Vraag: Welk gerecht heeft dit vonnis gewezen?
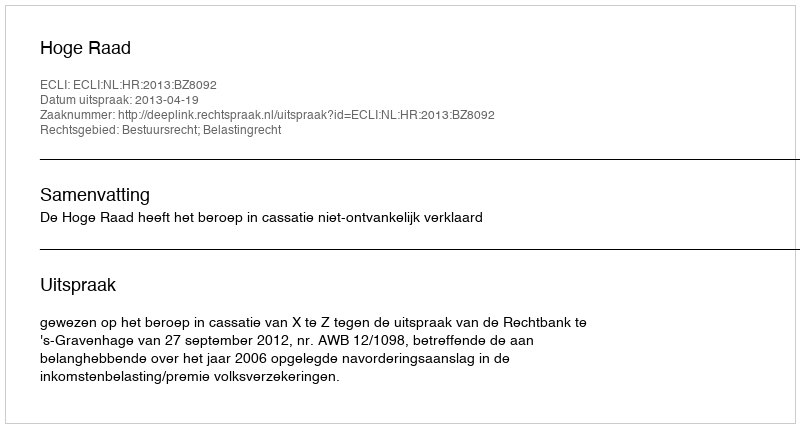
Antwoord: Hoge Raad